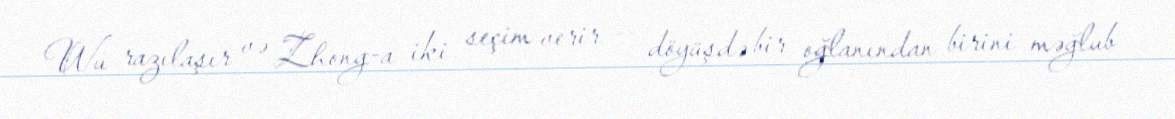
Wu razılaşır və Zhong-a iki seçim verir — döyüşdə bir oğlanından birini məğlub